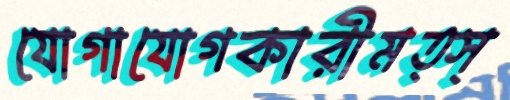
যোগাযোগকারীমত্স্